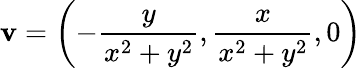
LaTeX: \mathbf{v}=\left(-{\frac{y}{x^{2}+y^{2}}},{\frac{x}{x^{2}+y^{2}}},0\right)